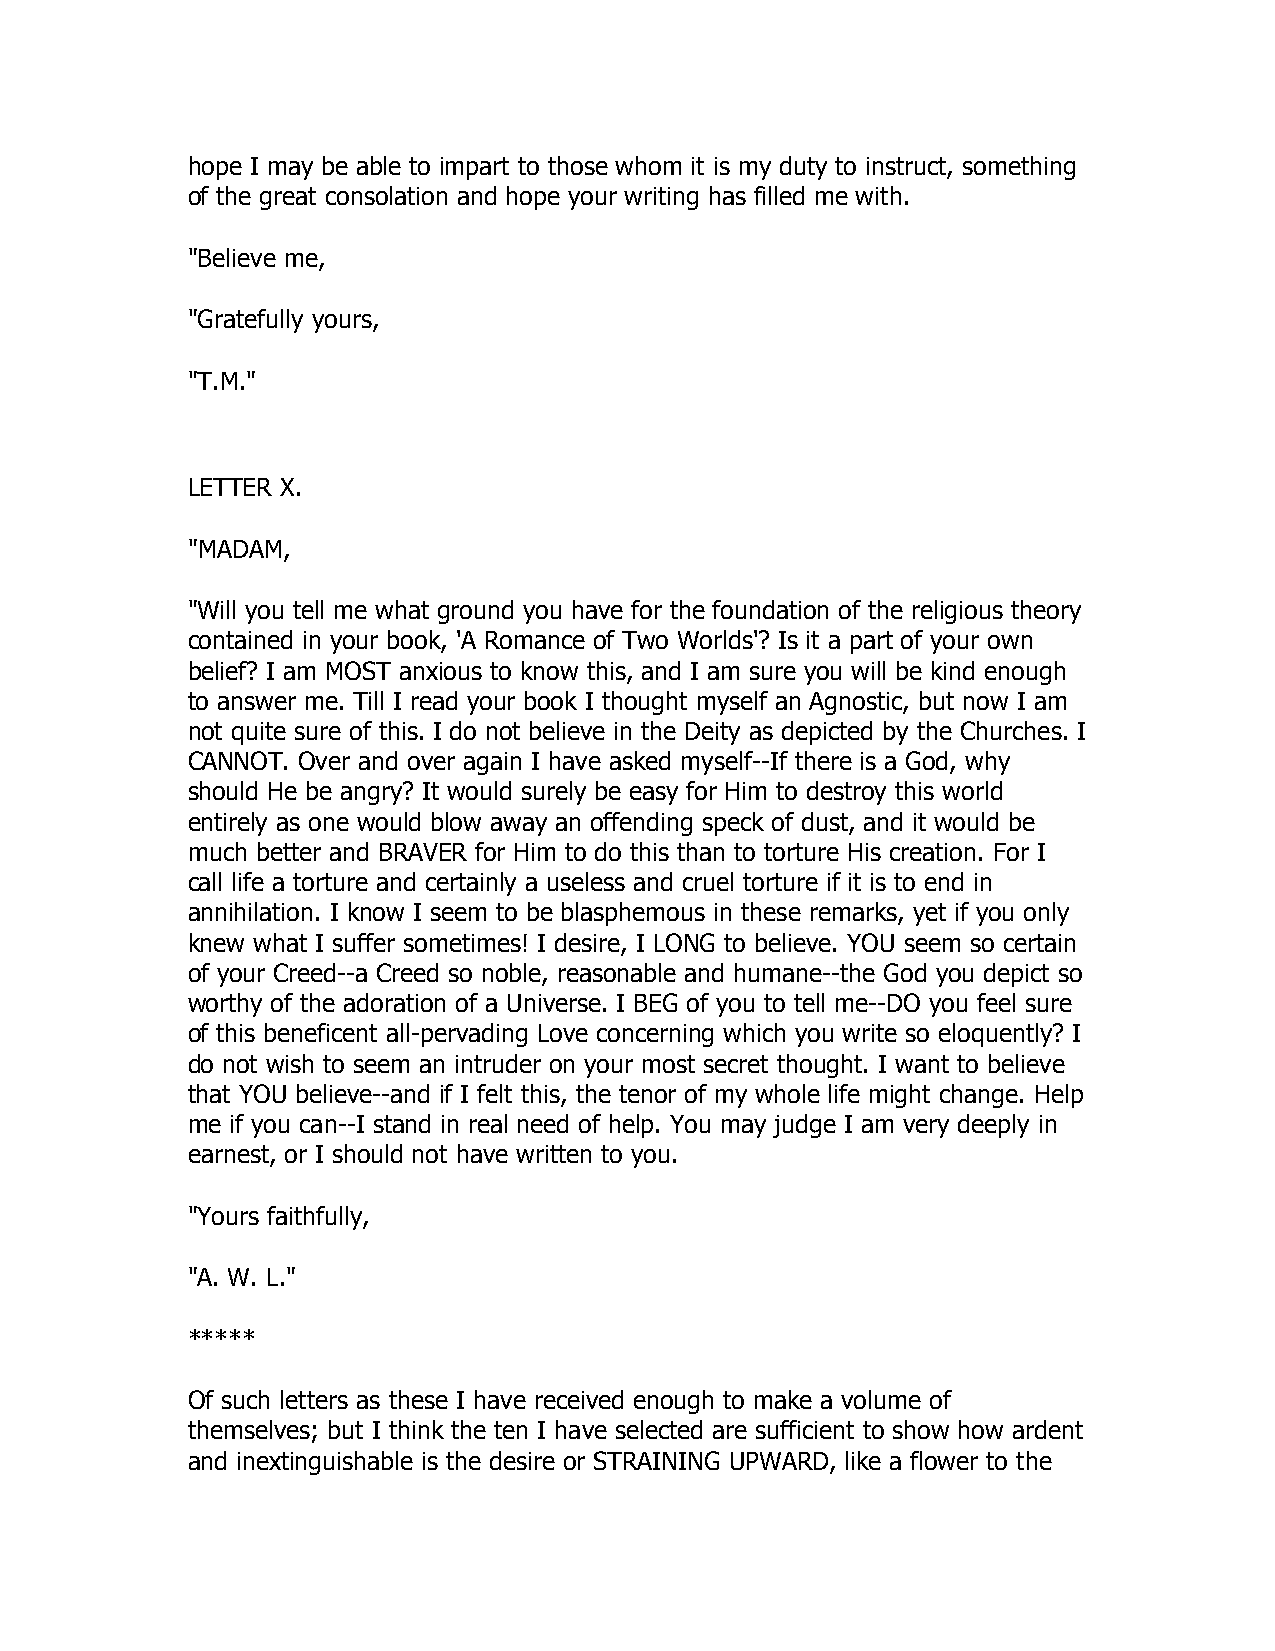
hope I may be able to impart to those whom it is my duty to instruct, something
 of the great consolation and hope your writing has filled me with.
 "Believe me,
 "Gratefully yours,
 "T.M."
 LETTER X.
 "MADAM,
 "Will you tell me what ground you have for the foundation of the religious theory
 contained in your book, 'A Romance of Two Worlds'? Is it a part of your own
 belief? I am MOST anxious to know this, and I am sure you will be kind enough
 to answer me. Till I read your book I thought myself an Agnostic, but now I am
 not quite sure of this. I do not believe in the Deity as depicted by the Churches. I
 CANNOT. Over and over again I have asked myself--If there is a God, why
 should He be angry? It would surely be easy for Him to destroy this world
 entirely as one would blow away an offending speck of dust, and it would be
 much better and BRAVER for Him to do this than to torture His creation. For I
 call life a torture and certainly a useless and cruel torture if it is to end in
 annihilation. I know I seem to be blasphemous in these remarks, yet if you only
 knew what I suffer sometimes! I desire, I LONG to believe. YOU seem so certain
 of your Creed--a Creed so noble, reasonable and humane--the God you depict so
 worthy of the adoration of a Universe. I BEG of you to tell me--DO you feel sure
 of this beneficent all-pervading Love concerning which you write so eloquently? I
 do not wish to seem an intruder on your most secret thought. I want to believe
 that YOU believe--and if I felt this, the tenor of my whole life might change. Help
 me if you can--I stand in real need of help. You may judge I am very deeply in
 earnest, or I should not have written to you.
 "Yours faithfully,
 "A. W. L."
 *****
 Of such letters as these I have received enough to make a volume of
 themselves; but I think the ten I have selected are sufficient to show how ardent
 and inextinguishable is the desire or STRAINING UPWARD, like a flower to the